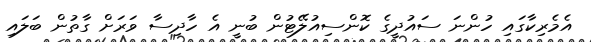
އެމެރިކާގައި ހުންނަ ސައުދީގެ ކޮންސިއުލޭޓުން ބުނީ އެ ހާދިސާ ވަރަށް ގާތުން ބަލައި